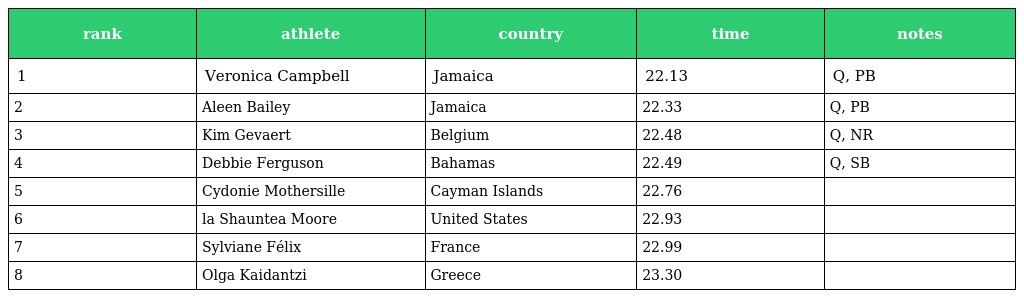
| rank | athlete | country | time | notes |
 | --- | --- | --- | --- | --- |
 | 1 | Veronica Campbell | Jamaica | 22.13 | Q, PB |
 | 2 | Aleen Bailey | Jamaica | 22.33 | Q, PB |
 | 3 | Kim Gevaert | Belgium | 22.48 | Q, NR |
 | 4 | Debbie Ferguson | Bahamas | 22.49 | Q, SB |
 | 5 | Cydonie Mothersille | Cayman Islands | 22.76 |  |
 | 6 | la Shauntea Moore | United States | 22.93 |  |
 | 7 | Sylviane Félix | France | 22.99 |  |
 | 8 | Olga Kaidantzi | Greece | 23.30 |  |